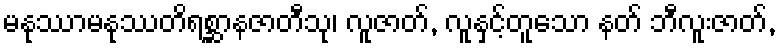
မနုဿာမနုဿတိရစ္ဆာနဇာတီသု၊ လူဇာတ်, လူနှင့်တူသော နတ် ဘီလူးဇာတ်,